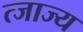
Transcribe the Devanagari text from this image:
त्जाज्य